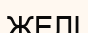
ЖЕЛІ